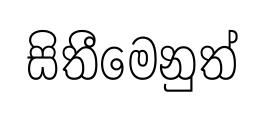
සිතීමෙනුත්